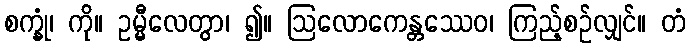
စက္ခုံ၊ ကို။ ဥမ္မီလေတွာ၊ ၍။ ဩလောကေန္တဿေဝ၊ ကြည့်စဉ်လျှင်။ တံ